Civil Veterinary Dept. Assam report 1911-1927 - 1911-1927
Year: 1911
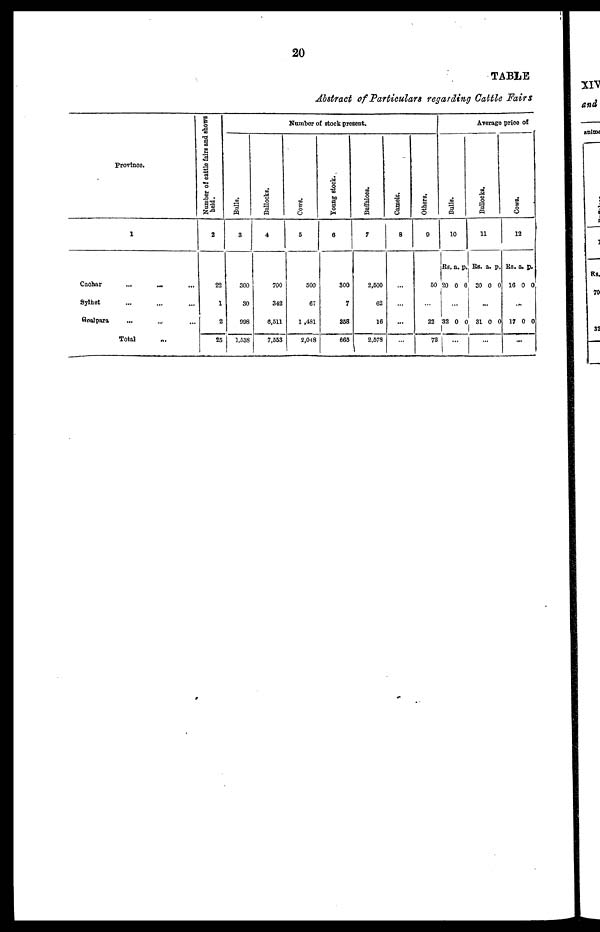
20
TABLE
Abstract of Particulars regarding Cattle Fain
Province.
1
Cachar ... ... ...
Sylhet ... ... ...
Goalpara
...
...
...
Total …
Number of cattle fairs and shows
held.
2
22
1
2
25
Number of stock present.
Balls.
3
300
30
098
1,538
Bullocks.
4
700
342
6,511
7,553
Cows.
6
500
67
1 ,481
2,048
Young stock.
6
300
7
358
665
Buffaloes.
7
2,500
62
16
2,578
Camels.
8
…
…
…
…
Others.
0
50
…
22
72
Average price of
Bulls.
10
|Rs.
20
a.
0
p
0
…
32 0
..…
Bullocks.
11
Rs.
30
a.
0
p.
0
…
31 0 0
...…
Cows .
12
Rs.
16
a.
0
p.
0
…
17 0 0
...